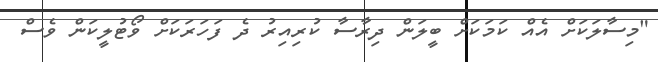
"މިސާލަކަށް އެއް ކަމަކަށް ބީލަން ދިރާސާ ކުރިއިރު ދެ ފަހަރަކަށް ވޯޓުލީކަން ވެސް